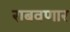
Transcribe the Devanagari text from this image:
राबवणार